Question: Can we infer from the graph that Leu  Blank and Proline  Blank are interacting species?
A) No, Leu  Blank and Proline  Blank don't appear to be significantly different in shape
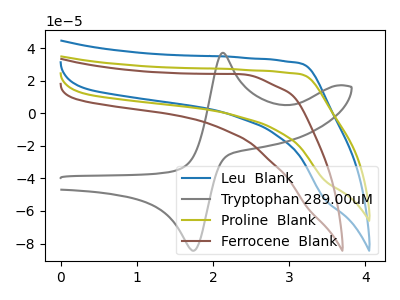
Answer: <think>The blue curve "Leu  Blank" has no peaks. The gray curve "Tryptophan 289.00uM" has an anodic peak at (2.15V, 37.10uA) and a cathodic peak at (1.75V, -84.35uA). The olive curve "Proline  Blank" has no peaks. The brown curve "Ferrocene  Blank" has no peaks.
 Neither "Leu  Blank" or "Proline  Blank" have any peaks.</think>
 <answer>A) No, "Leu  Blank" and "Proline  Blank" don't appear to be significantly different in shape</answer>
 <eval>A</eval>